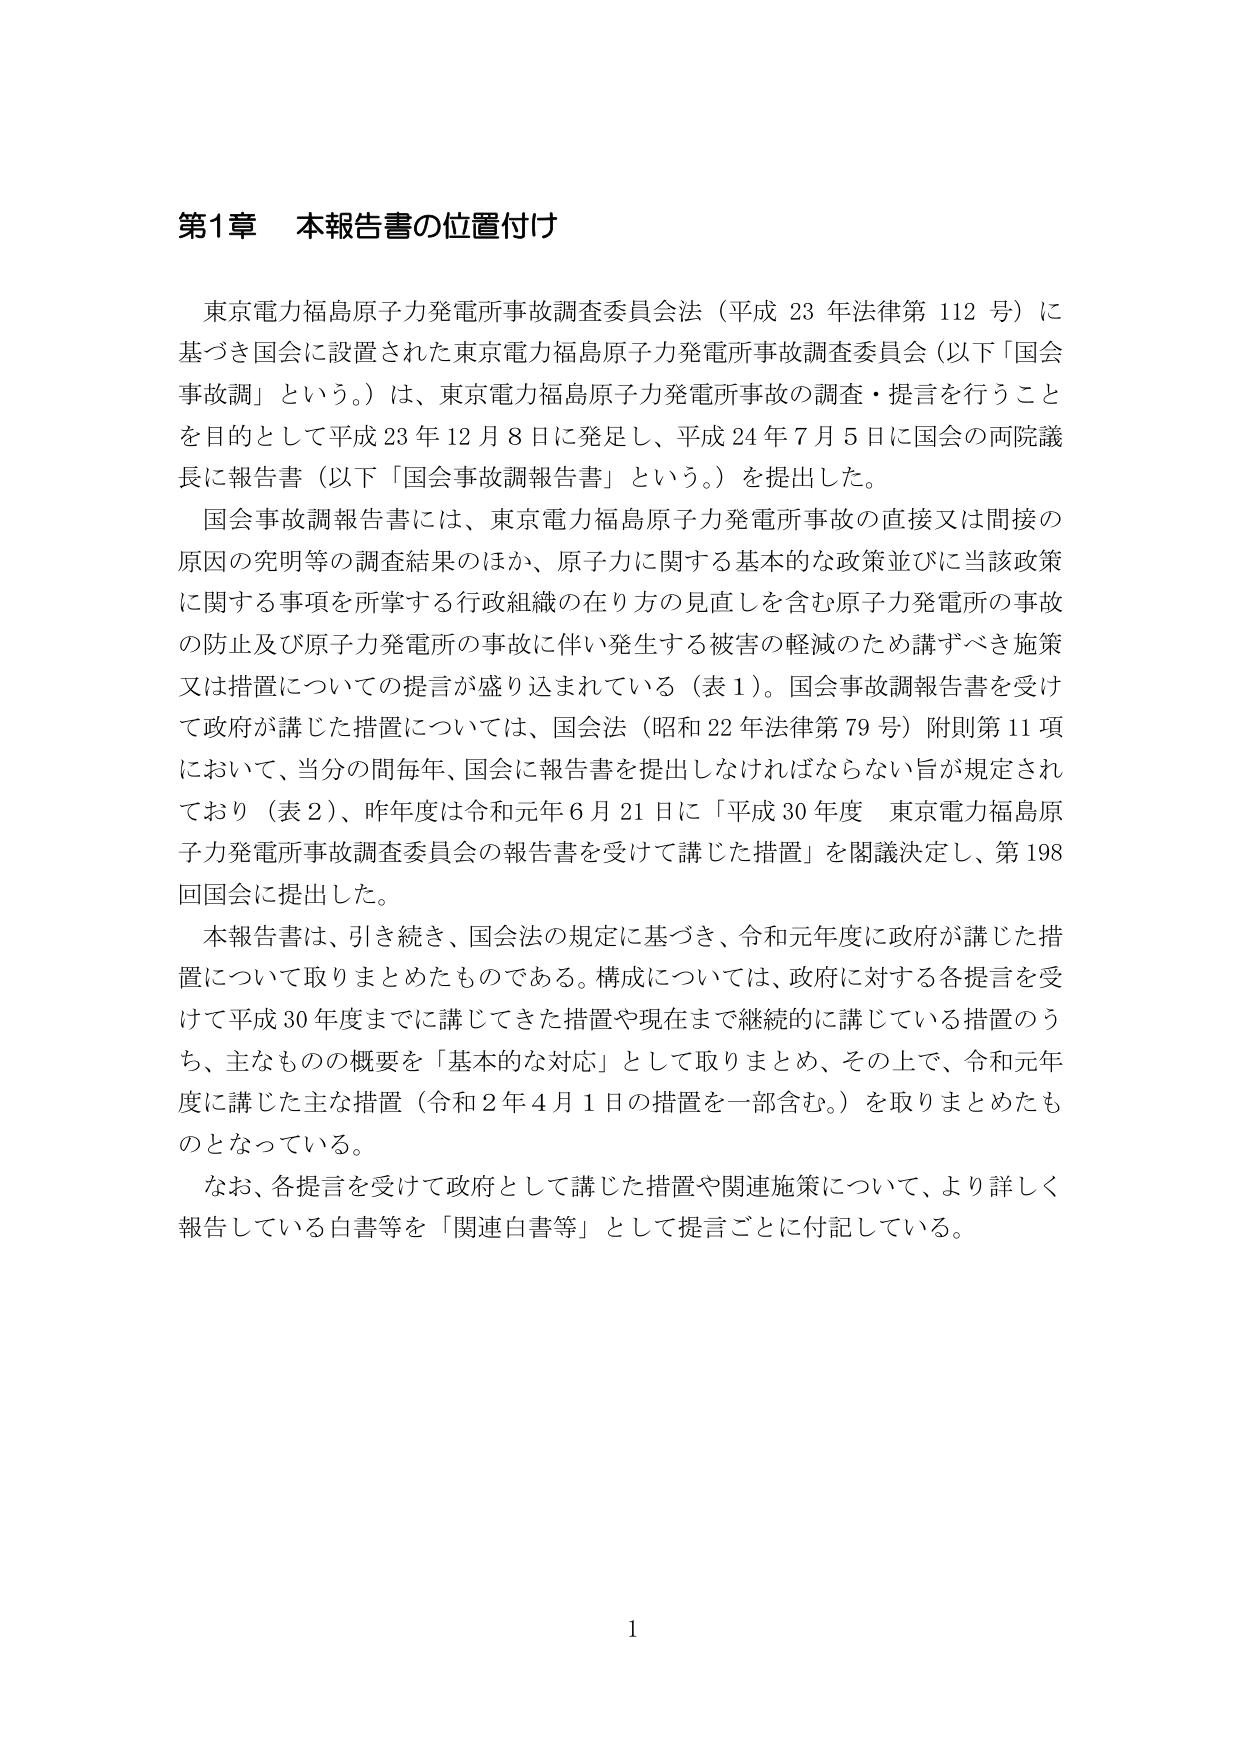
第1章 本報告書の位置付け

東京電力福島原子力発電所事故調査委員会法（平成23年法律第112号）に基づき国会に設置された東京電力福島原子力発電所事故調査委員会（以下「国会事故調」という。）は、東京電力福島原子力発電所事故の調査・提言を行うことを目的として平成23年12月8日に発足し、平成24年7月5日に国会の両院議長に報告書（以下「国会事故調報告書」という。）を提出した。

国会事故調報告書には、東京電力福島原子力発電所事故の直接又は間接の原因の究明等の調査結果のほか、原子力に関する基本的な政策並びに当該政策に関する事項を所掌する行政組織の在り方の見直しを含む原子力発電所の事故の防止及び原子力発電所の事故に伴い発生する被害の軽減のため講ずべき施策又は措置についての提言が盛り込まれている（表1）。国会事故調報告書を受けて政府が講じた措置については、国会法（昭和22年法律第79号）附則第11項において、当分の間毎年、国会に報告書を提出しなければならない旨が規定されており（表2）、昨年度は令和元年6月21日に「平成30年度 東京電力福島原子力発電所事故調査委員会の報告書を受けて講じた措置」を閣議決定し、第198回国会に提出した。

本報告書は、引き続き、国会法の規定に基づき、令和元年度に政府が講じた措置について取りまとめたものである。構成については、政府に対する各提言を受けて平成30年度までに講じてきた措置や現在まで継続的に講じている措置のうち、主なものの概要を「基本的な対応」として取りまとめ、その上で、令和元年度に講じた主な措置（令和2年4月1日の措置を一部含む。）を取りまとめたものとなっている。

なお、各提言を受けて政府として講じた措置や関連施策について、より詳しく報告している白書等を「関連白書等」として提言ごとに付記している。

1